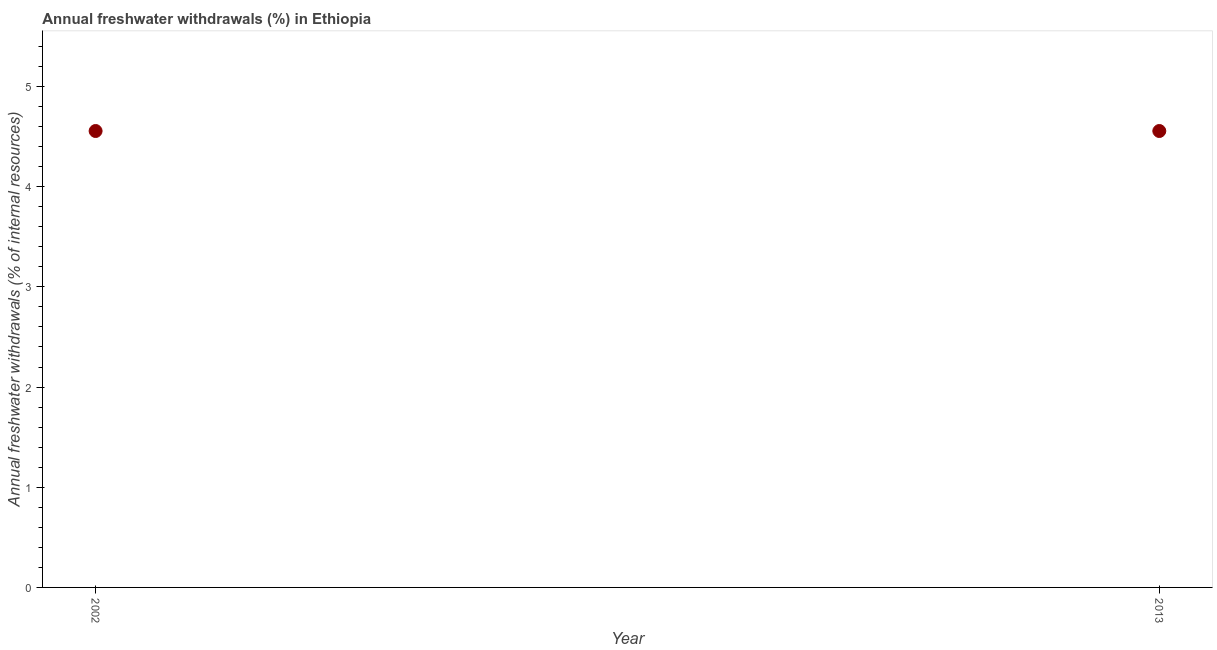
| Year | Annual freshwater withdrawals |
 | --- | --- |
 | 2002 | 4.56 |
 | 2013 | 4.56 |